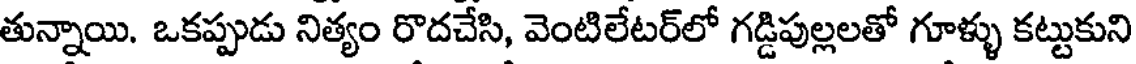
తున్నాయి. ఒకప్పుడు నిత్యం రొదచేసి, వెంటిలేటర్లో గడ్డిపుల్లలతో గూళ్ళు కట్టుకుని